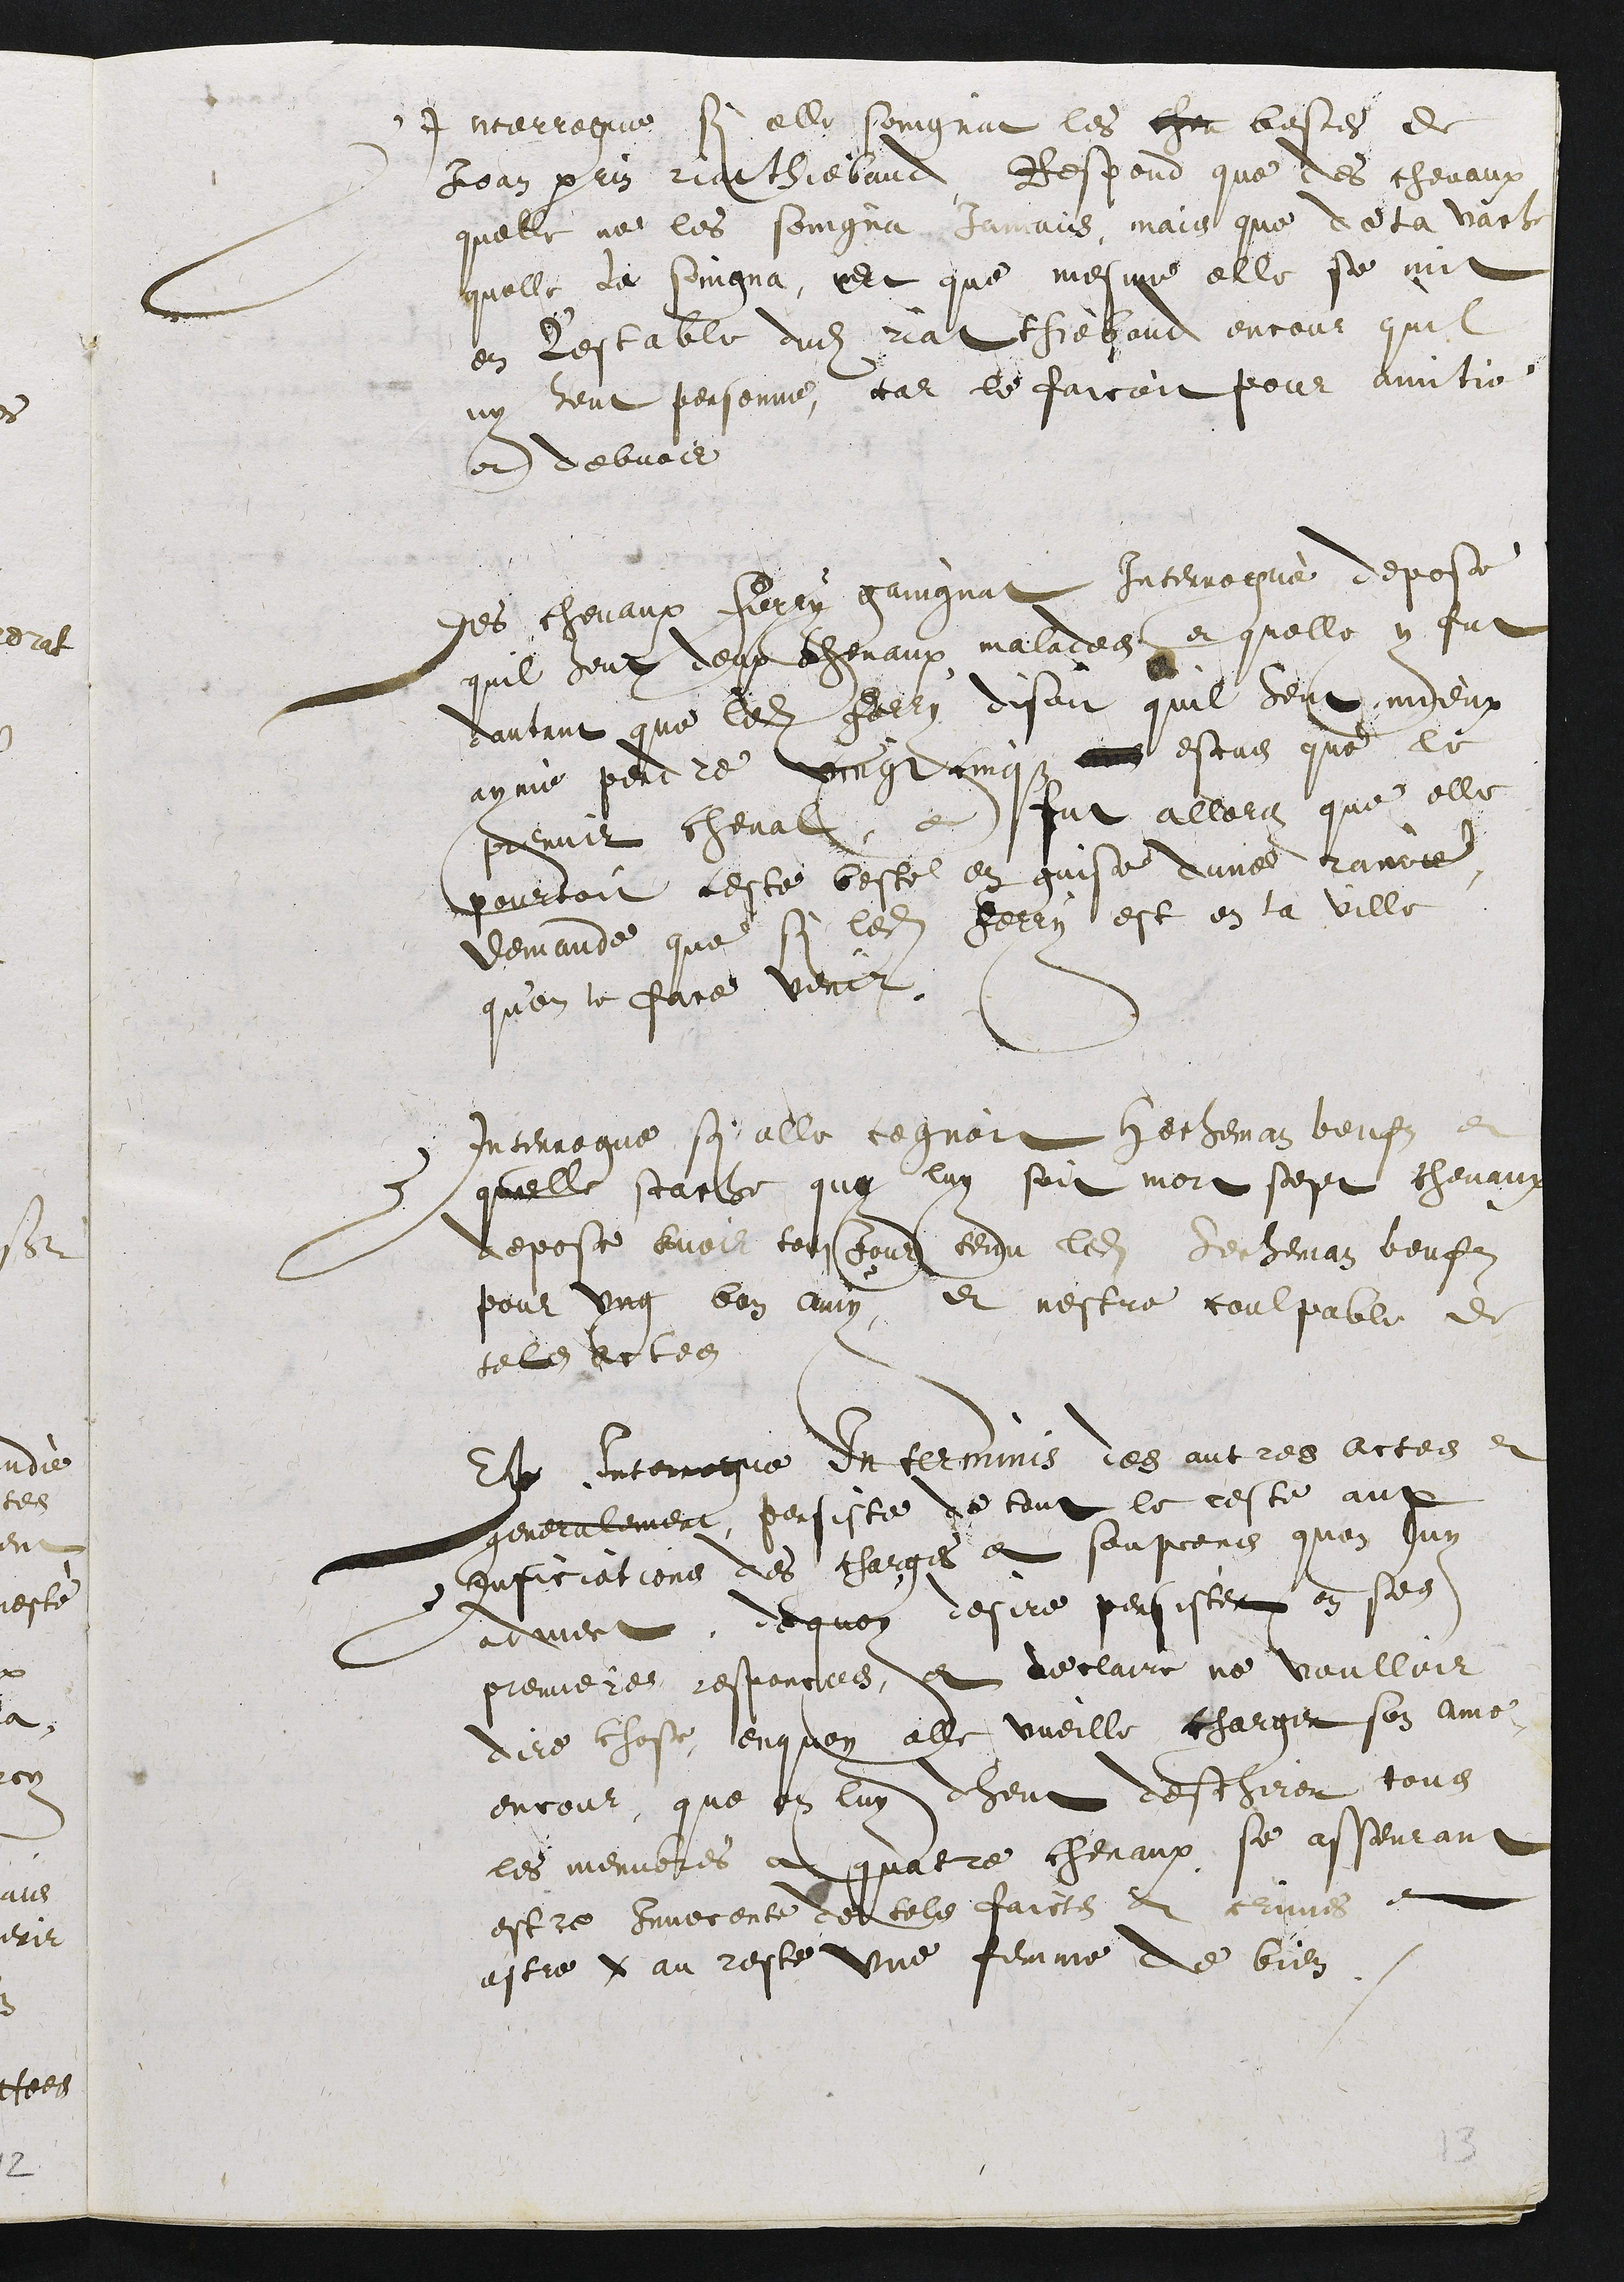
Interrogue si elle soingnat les chev bestes de
Jean P[er]rin Riat Thiebaud, Respond que des chevaux
quelle ne les soingna jamais mais que de la vache
quelle la soigna, Et que mesme elle se mit
en l’estable dus Riat Thiebaud encour quil
ny heut personne, car le farroit pour amitie
et debvoir.
Des chevaux Ferry Gaingnat Interrogu[é] despose
quil heut deux chevaux malades et quelle y fut
dautant que ledit Ferry disoit quil heut mieux
aymé perdre vingt cinqz escus que le
premier cheval, ce fut allord que elle
pourvoit ceste beste en guise dune []
demande que si ledit Ferry est en la ville
qu’on le face venir.
Interrogue si elle cognoit Hecheman Beufs et
quelle scache quy luy soit mort sept chevaux
depose avoir toutjour tenu ledit Hecheman Beufs
pour ung bon amy, et nestre coulpable de
tels actes
[Este] Interrogue In terminis des autres actes et
generalement, persiste de tout le reste aux
[inficiations] des charges et soupcons que luy
advient . dequoy desire persister en ses
premieres responces, et declaire ne voulloir
dire chose, enquoy elle vueille charger ses ame
encour que on luy dheut deschirer tous
les membres a quatre chevaux se asseurant
estre innocente de tels faicts et crimes et
Estre [x] au reste une femme de bien.